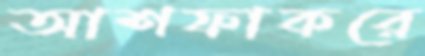
আশফাকরে